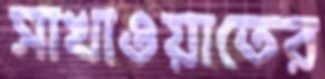
সাখাওয়াতের